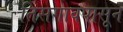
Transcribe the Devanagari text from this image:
तिसगावपासून